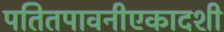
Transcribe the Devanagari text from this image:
पतितपावनीएकादशी